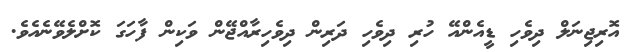
އޮރިޖިނަލް ދިވެހި ޑީއެންއޭ ހުރި ދިވެހި ދަރިން ދިވެހިރާއްޖޭން ވަކިން ފާހަގަ ކޮށްލެވޭނެއެވެ.